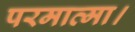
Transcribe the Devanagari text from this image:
परमात्मा।